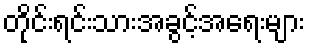
တိုင်းရင်းသားအခွင့်အရေးများ